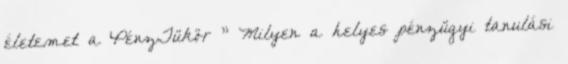
életemet a PénzTükör ” Milyen a helyes pénzügyi tanulási